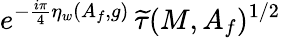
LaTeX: e^{-\frac{i\pi}{4}\eta_{w}(A_{f},g)}\, \widetilde{\tau}(M,A_{f})^{1/2}